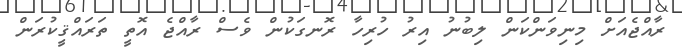
ރާއްޖެއަށް މިނިވަންކަން ލިބުނު އިރު ހުރިހާ ރޮނގަކުން ވެސް ރާއްޖެ އޮތީ ތަރައްޤީކުރަން